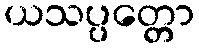
ယသပ္ပတ္တော